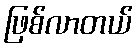
ဖြစ်လာတယ်